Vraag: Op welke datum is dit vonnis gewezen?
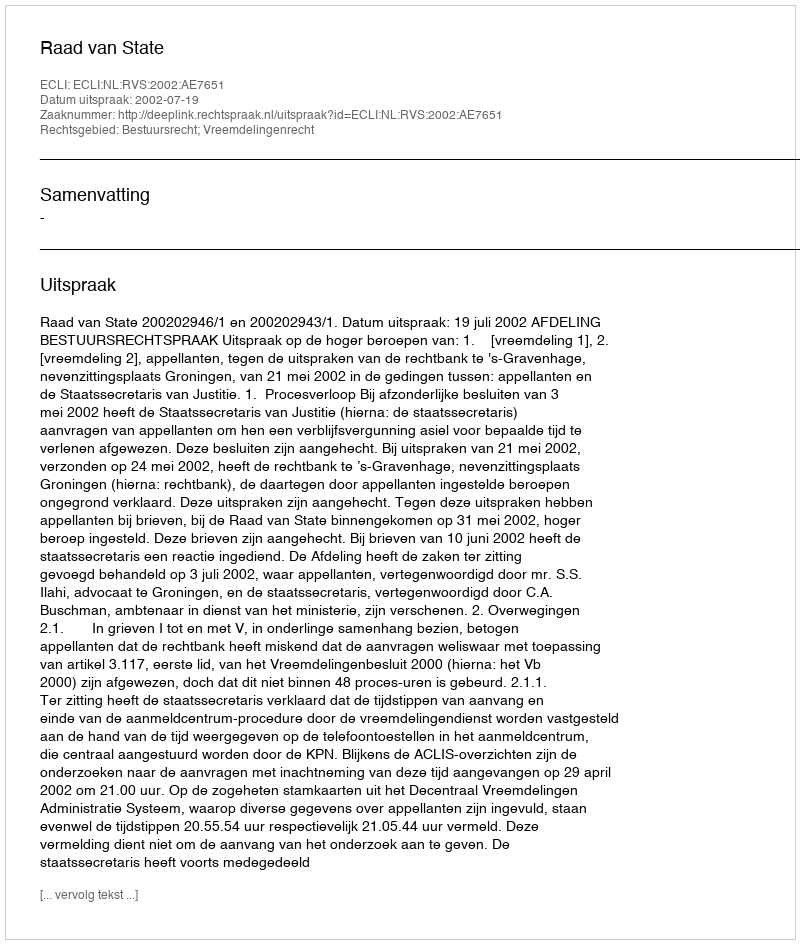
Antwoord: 2002-07-19